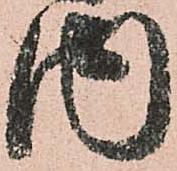
内